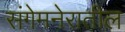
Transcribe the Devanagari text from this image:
संगेमनेरातील